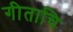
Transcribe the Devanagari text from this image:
गीताचि